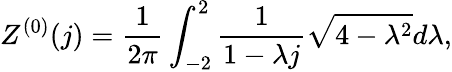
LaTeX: Z^{(0)}(j)=\frac{1}{2\pi}\int_{-2}^{2}\frac{1}{1-\lambda j}\sqrt{4-\lambda^{2}}d\lambda,